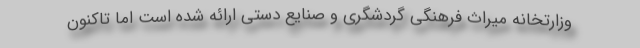
وزارتخانه میراث فرهنگی گردشگری و صنایع دستی ارائه شده است اما تاکنون